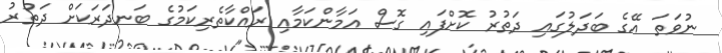
ނުވަތަ އޭގެ ބަދަލުގައި ދަތުރު ކޮށްފައި ގޮސް އަމާންކަމާއި ރައްކާތެރިކަމުގެ ބަނދަރަކަށް ދަތުރު